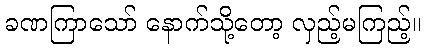
ခဏကြာသော် နောက်သို့တော့ လှည့်မကြည့်။